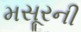
મસૂરની